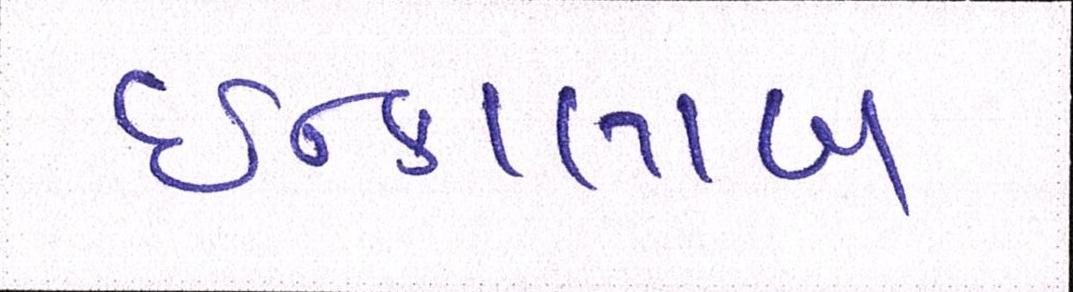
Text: ઇન્કાલાબ